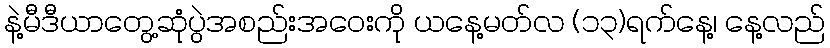
နဲ့မီဒီယာတွေ့ဆုံပွဲအစည်းအဝေးကို ယနေ့မတ်လ (၁၃)ရက်နေ့၊ နေ့လည်